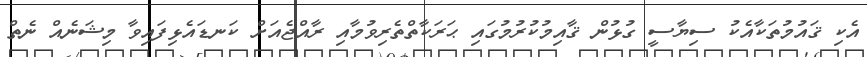
އެކި ޤައުމުތަކާއެކު ސިޔާސީ ގުޅުން ޤާއިމުކުރުމުގައި ޙަރަކާތްތެރިވުމާއި ރާއްޖެއަށް ކަނޑައެޅިފައިވާ މިޝަނެއް ނެތް